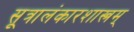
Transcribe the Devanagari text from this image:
सूत्रालंकारशास्त्रम्